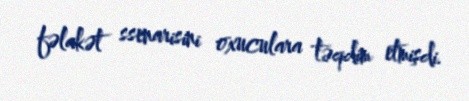
fəlakət ssenarisini oxuculara təqdim etmişdi.